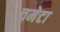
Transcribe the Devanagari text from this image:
चमेटा